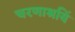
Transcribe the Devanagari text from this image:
चरणाश्रयिं